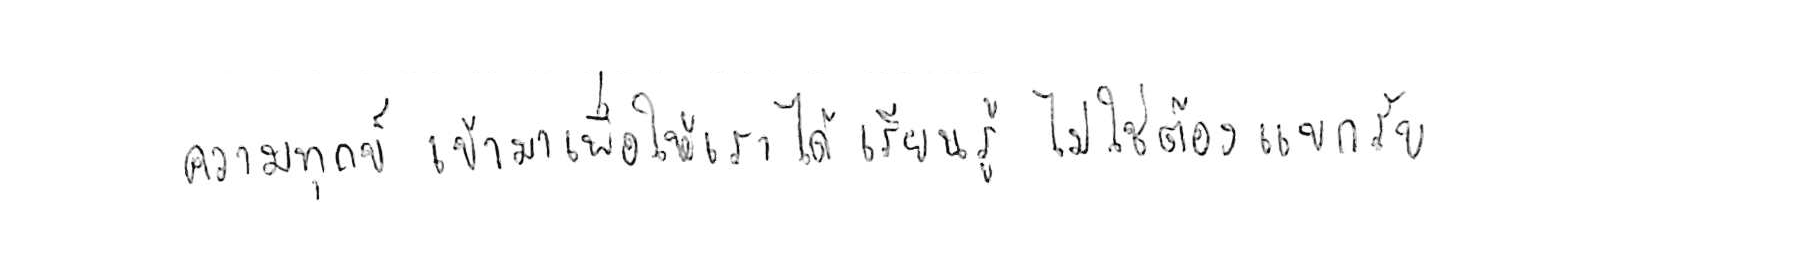
ความทุกข์ เข้ามาเพื่อให้เราได้ เรียนรู้ ไม่ใช่ต้อง แบกรับ